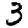
Digit: 3